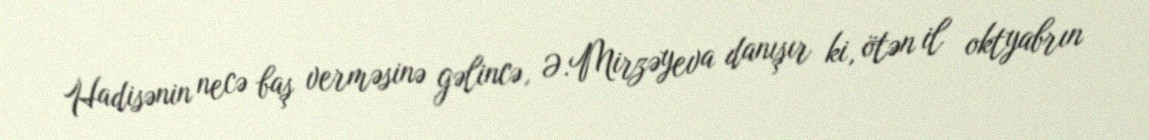
Hadisənin necə baş verməsinə gəlincə, Ə.Mirzəyeva danışır ki, ötən il oktyabrın